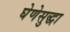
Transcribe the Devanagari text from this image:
घेणेसुद्धा